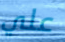
علي